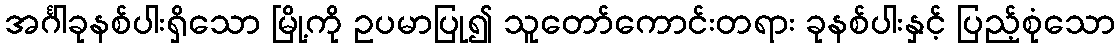
အင်္ဂါခုနစ်ပါးရှိသော မြို့ကို ဥပမာပြု၍ သူတော်ကောင်းတရား ခုနစ်ပါးနှင့် ပြည့်စုံသော